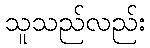
သူသည်လည်း